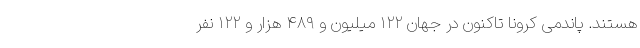
هستند. پاندمی کرونا تاکنون در جهان ۱۲۲ میلیون و ۴۸۹ هزار و ۱۲۲ نفر